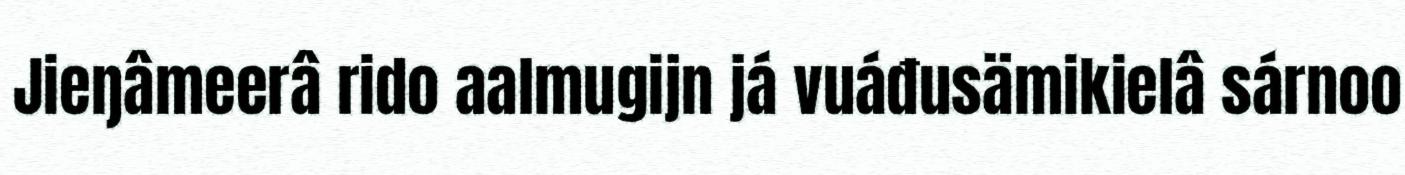
Jieŋâmeerâ rido aalmugijn já vuáđusämikielâ sárnoo